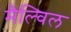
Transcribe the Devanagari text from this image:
मैल्विल